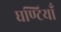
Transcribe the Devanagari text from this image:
घण्टियाँ